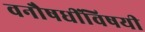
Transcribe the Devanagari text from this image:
वनौषधींविषयी